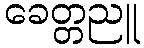
ခေတ္တညူ